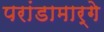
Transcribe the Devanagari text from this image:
परांडामार्गे